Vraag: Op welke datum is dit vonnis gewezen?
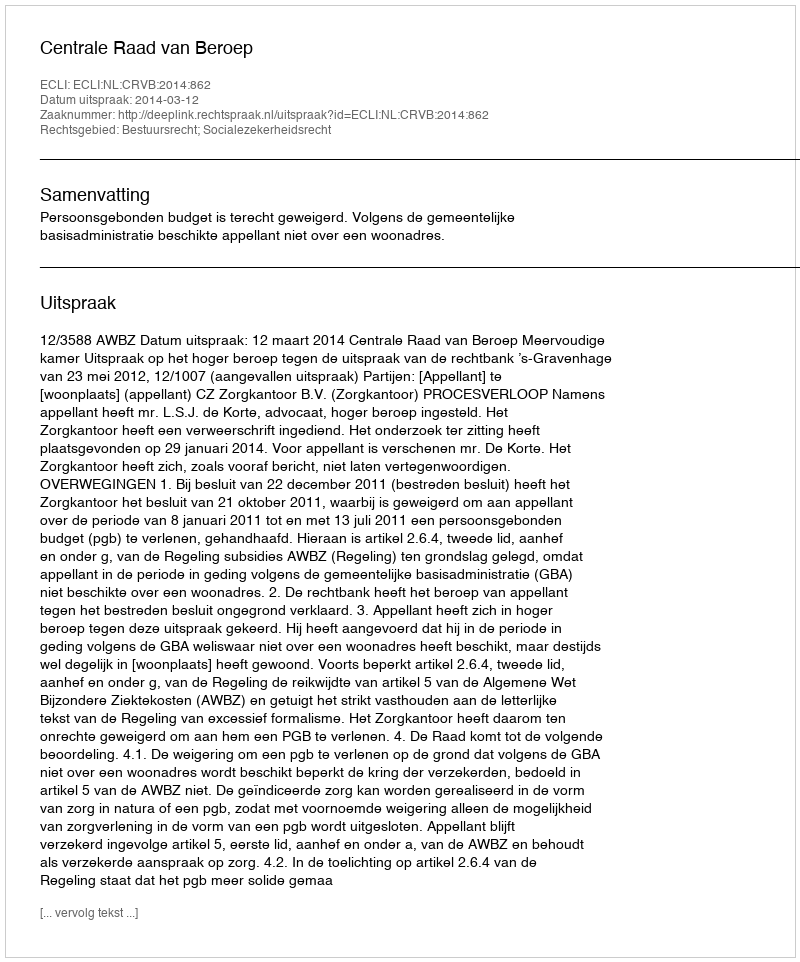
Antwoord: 2014-03-12